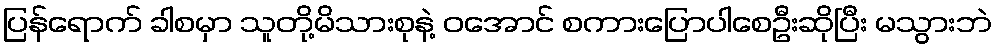
ပြန်ရောက် ခါစမှာ သူတို့မိသားစုနဲ့ ဝအောင် စကားပြောပါစေဦးဆိုပြီး မသွားဘဲ